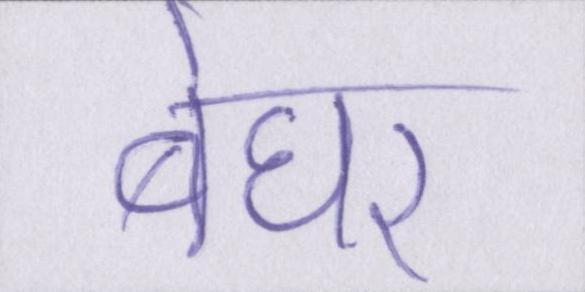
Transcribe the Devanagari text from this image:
बेघर